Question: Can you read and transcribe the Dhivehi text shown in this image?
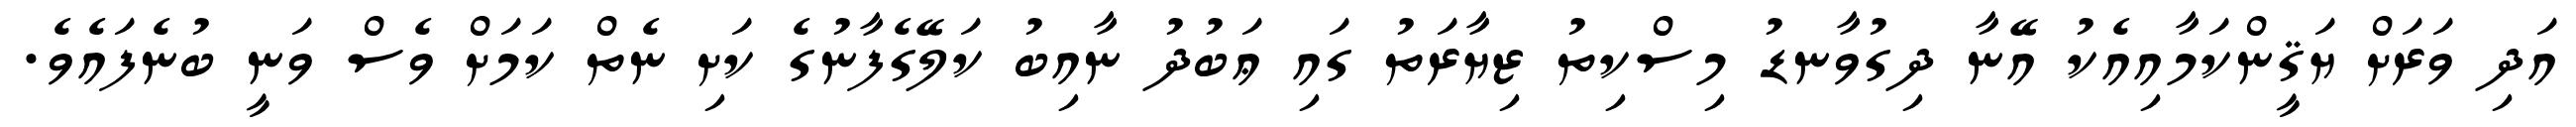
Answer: އަދި ވަރަށް ޔަޤީންކަމާއިއެކު އޭނާ ދިގުވާނޑު މިސްކިތު ޒިޔާރަތު ގައި ޢަބުދު ނާއިބު ކަލޭގެފާނުގެ ކަށި ނެތް ކަމަށް ވެސް ވަނީ ބުނެފައެވެ.